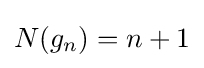
N(g_{n})=n+1